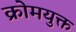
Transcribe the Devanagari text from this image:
क्रोमयुक्त